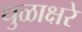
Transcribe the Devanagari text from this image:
धुळाक्षरे